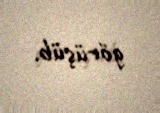
görüşüb.